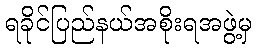
ရခိုင်ပြည်နယ်အစိုးရအဖွဲ့မှ